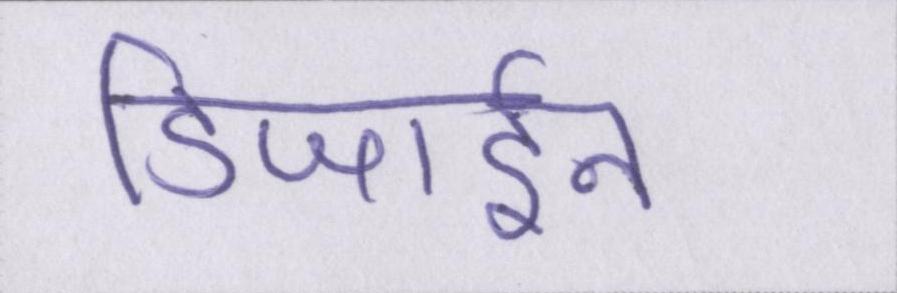
डिजाईन